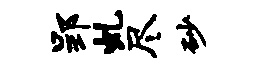
郢虬尽砂